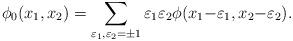
LaTeX: \begin{align*} \phi_0(x_1, x_2) = \sum_{\varepsilon_1, \varepsilon_2 = \pm 1} \varepsilon_1 \varepsilon_2 \phi(x_1 {-} \varepsilon_1, x_2 {-} \varepsilon_2). \end{align*}